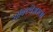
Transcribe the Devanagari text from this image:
सॉफ्टवेअरला